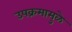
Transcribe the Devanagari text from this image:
उपक्रमामुळे